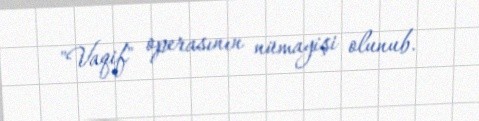
"Vaqif" operasının nümayişi olunub.